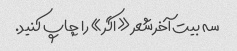
سه بیت آخر شعر «اگر» را چاپ کنید.